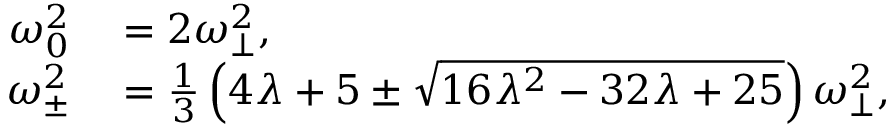
\begin{array} { r l } { \omega _ { 0 } ^ { 2 } } & { { } = 2 \omega _ { \perp } ^ { 2 } , } \\ { \omega _ { \pm } ^ { 2 } } & { { } = \frac { 1 } { 3 } \left( 4 \lambda + 5 \pm \sqrt { 1 6 \lambda ^ { 2 } - 3 2 \lambda + 2 5 } \right) \omega _ { \perp } ^ { 2 } , } \end{array}